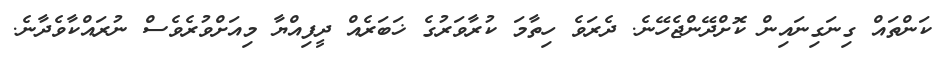
ކަންތައް ގިނަގިނައިން ކޮށްދޭންޖެހޭނެ. ދެރަވެ ހިތާމަ ކުރާވަރުގެ ޚަބަރެއް ދީފިއްޔާ މިއަށްވުރެވެސް ނުރައްކާވެދާނެ.